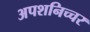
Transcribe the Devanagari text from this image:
अपशनिच्चर